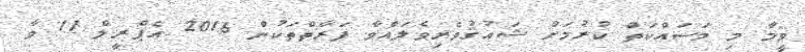
ވީމާ މި މަސައްކަތް ކުރުމަށް ޝައުޤުވެރިވެލައްވާ ފަރާތްތަކުން 2016 އެޕްރީލް 11 ވާ